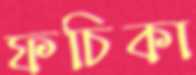
ফচিকা